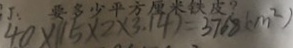
4 0 \times ( 1 5 \times 2 \times 3 . 1 4 ) = 3 7 6 8 ( c m ^ { 2 } )